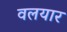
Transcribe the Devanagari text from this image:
वलयार